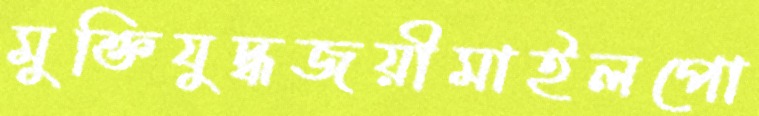
মুক্তিযুদ্ধজয়ীমাইলপো